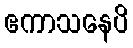
ဧကာသနေပိ